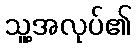
သူ့အလုပ်၏